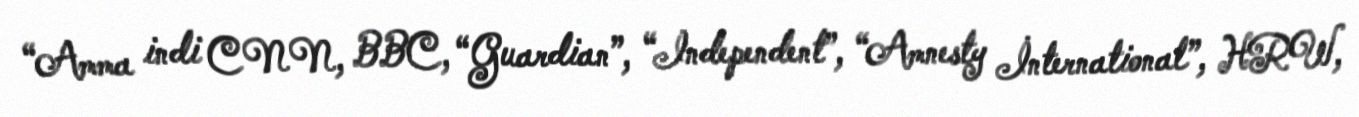
“Amma indi CNN, BBC, “Guardian”, “Independent”, “Amnesty İnternational”, HRW,